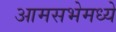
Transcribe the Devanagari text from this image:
आमसभेमध्ये